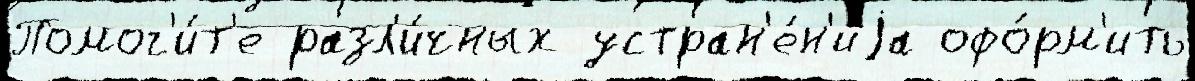
Помог'и́т'е разл'и́чных устран'е́н'иjа офо́рм'ить